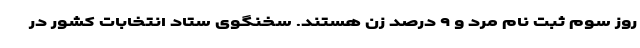
روز سوم ثبت نام مرد و ۹ درصد زن هستند. سخنگوی ستاد انتخابات کشور در